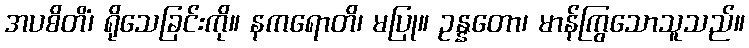
အပစိတိံ၊ ရိုသေခြင်းကို။ နကရောတိ၊ မပြု။ ဥန္နတော၊ မာန်ကြွသောသူသည်။